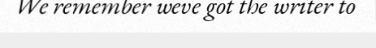
We remember weve got the writer to